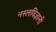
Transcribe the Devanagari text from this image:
नस्लविज्ञानी